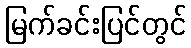
မြက်ခင်းပြင်တွင်